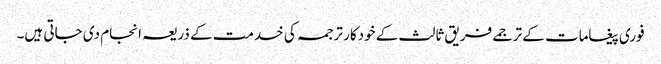
فوری پیغامات کے ترجمے فریق ثالث کے خودکار ترجمہ کی خدمت کے ذریعہ انجام دی جاتی ہیں۔